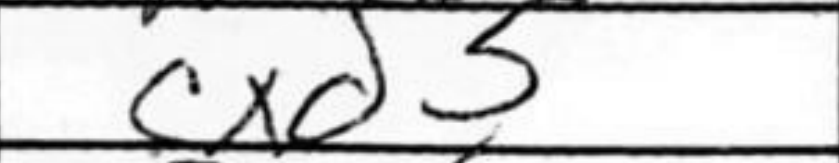
Transcription: cxd3